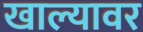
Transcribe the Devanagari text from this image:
खाल्यावर